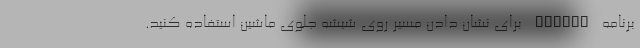
برنامه Hudway برای نشان دادن مسیر روی شیشه جلوی ماشین استفاده کنید.